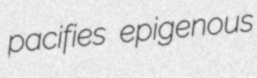
pacifies epigenous